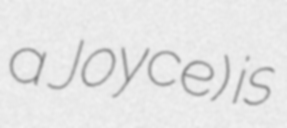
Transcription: a Joyce) is